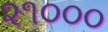
૨૧૦૦૦